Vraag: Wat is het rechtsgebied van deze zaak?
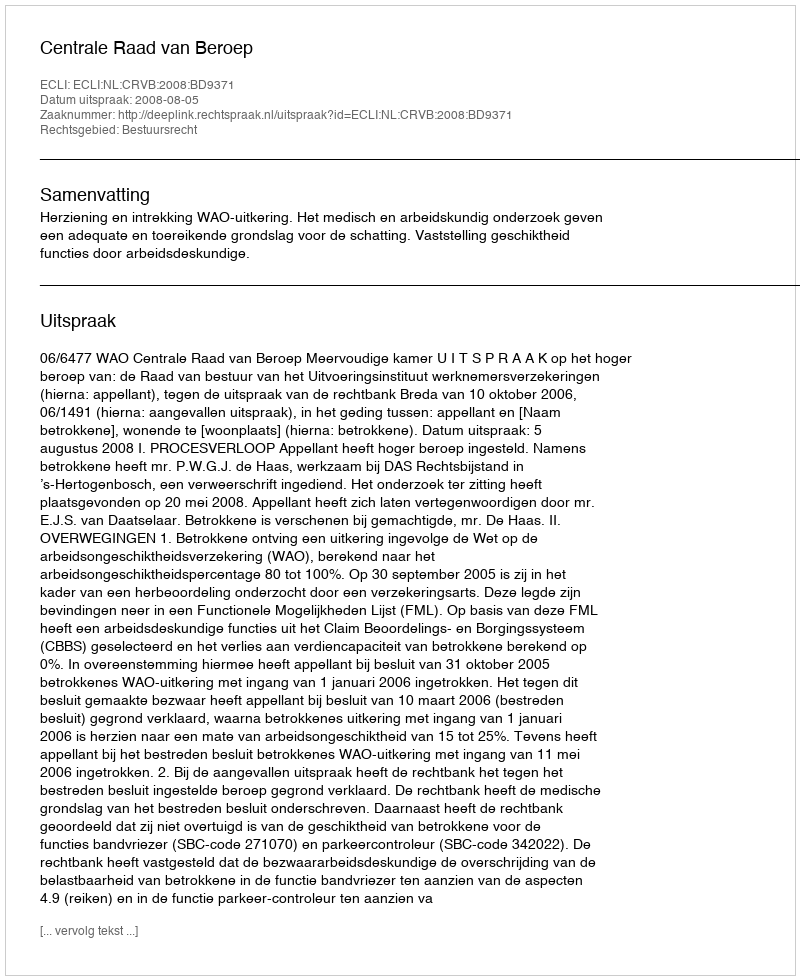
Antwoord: Bestuursrecht